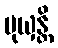
မုယှန္တိ